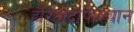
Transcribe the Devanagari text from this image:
हरिश्चंद्रोपाख्यान